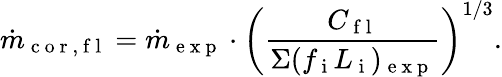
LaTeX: \dot{m}_{\mathrm{~c~o~r~,~f~l~}}=\dot{m}_{\mathrm{~e~x~p~}}\cdot\left(\frac{C_{\mathrm{~f~l~}}}{\Sigma(f_{\mathrm{~i~}}L_{\mathrm{~i~}})_{\mathrm{~e~x~p~}}}\right)^{1/3}.